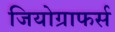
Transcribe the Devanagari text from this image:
जियोग्राफर्स